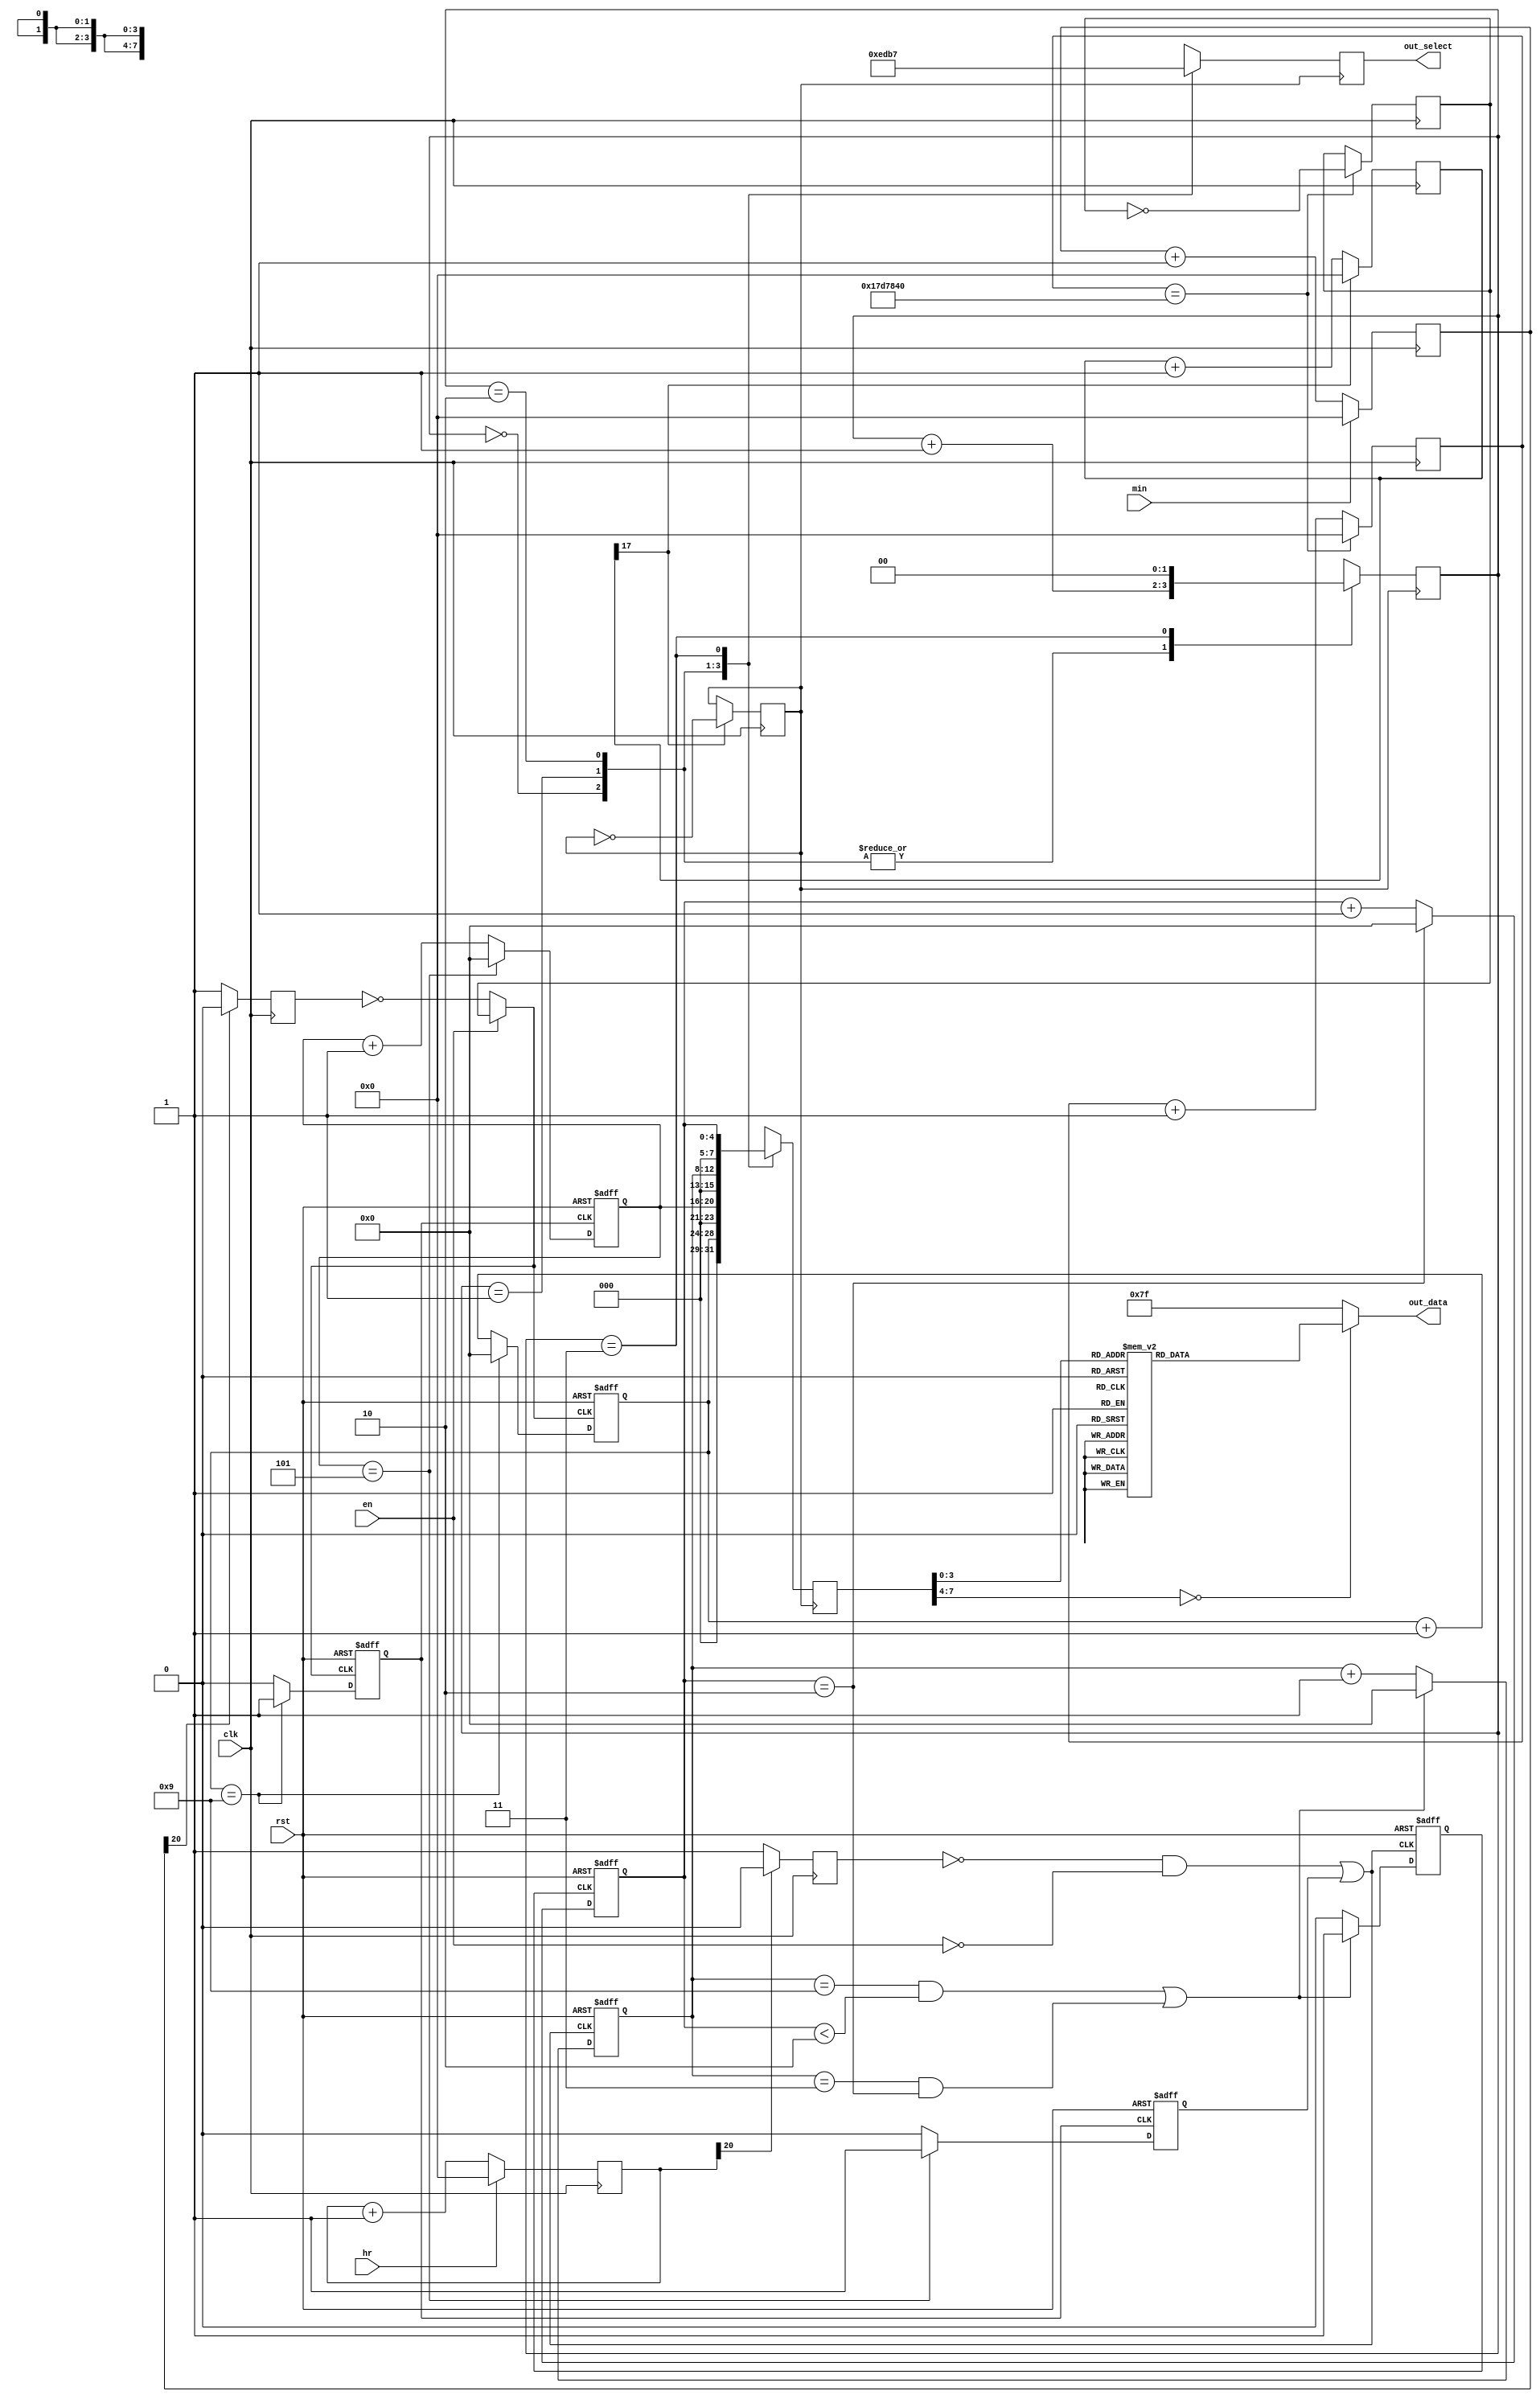
module Digital_Clock_2(clk, rst, en, min, hr, out_data, out_select);
//	EDA_Project/Digital_Clock_2
//	Version 1.7.0.090517
//	Created by Benjamin Zhang on 04/05/17
//	Copyright  2017 Benjamin Zhang
//
	input				clk;
	input				rst;
	input				en;
	input				min;
	input				hr;
	output reg [7:0]	out_data;
	output reg [3:0]	out_select;

//********************* anti_shaking *********************//
	reg [30:0]		key_low_hr, key_low_min, key_low_en;
	reg				key_hr, key_min;

	always @(posedge clk) begin
		if (!hr)	key_low_hr <= key_low_hr + 1'b1;
		else key_low_hr <= 0;
		if (!min)	key_low_min <= key_low_min + 1'b1;
		else key_low_min <= 0;
	end

	always @(posedge clk) begin
		if (key_low_hr[20] == 1'b1) key_hr <= 1'b0;
		else    key_hr <= 1'b1;
		if (key_low_min[20] == 1'b1) key_min <= 1'b0;
		else    key_min <= 1'b1;
	end

//********************* freq_div *********************//
	reg [30:0]	count;
	reg			clk_freq_div;
	
	always @(posedge clk) begin
		if (count == 'd25000000) begin
			clk_freq_div = ~clk_freq_div;
			count <= 0;
		end
		else    count <= count + 1'b1;
	end

//*********************       *********************//
	wire		min_low_carryin;
	reg [4:0]	min_low_out;
	reg			min_low_carryout;

	reg [4:0]	min_high_out;
	reg			min_high_carryout;

	wire		hr_low_carryin;
	reg [4:0]	hr_low_out;
	reg			hr_low_carryout;

	reg [4:0]	hr_high_out;

//********************* min_low *********************//
	assign	min_low_carryin = (en)?clk_freq_div:~key_min;

	always @(posedge min_low_carryin or negedge rst) begin
		if (!rst) begin
			min_low_out = 4'b0000;
			min_low_carryout = 0;
		end
		else if (min_low_out == 4'd9) begin
			min_low_out = 4'b0000;
			min_low_carryout = 1;
		end
		else begin
			min_low_out = min_low_out + 1'b1;
			min_low_carryout = 0;
		end
	end

//********************* min_high *********************//
	always @(posedge min_low_carryout or negedge rst) begin
		if (!rst) begin
			min_high_out = 4'b0000;
			min_high_carryout = 0;
		end
		else if (min_high_out == 4'd5) begin
			min_high_out = 4'b0000;
			min_high_carryout = 1;
		end
		else begin
			min_high_out = min_high_out + 1'b1;
			min_high_carryout = 0;
		end
	end

//********************* hr_low *********************//
	assign	hr_low_carryin = (~key_hr & ~en)| min_high_carryout;

	always @(posedge hr_low_carryin or negedge rst) begin
		if (!rst) begin
			hr_low_out = 4'b0000;
			hr_low_carryout = 0;
		end
		else if (hr_low_out == 4'd9 && hr_high_out < 4'd2 || hr_low_out == 4'd3 && hr_high_out == 4'd2) begin
			hr_low_out = 4'b0000;
			hr_low_carryout = 1;
		end
		else begin
			hr_low_out = hr_low_out + 1'b1;
			hr_low_carryout = 0;
		end
	end

//********************* hr_high *********************//
	always @(posedge hr_low_carryout or negedge rst) begin
		if (!rst)	hr_high_out = 4'b0000;
		else if (hr_high_out == 4'd2)	hr_high_out = 4'b0000;
		else	hr_high_out = hr_high_out + 1'b1;
	end

//********************* LED_Processing_Unit *********************//
	reg [30:0]	count1;
	reg			clk2;
	reg [7:0]	LEDOut;
	reg [1:0]	select;

	always @(posedge clk) begin 
		if (count1[17] == 1'b1) begin
            clk2 = ~clk2;
            count1 <= 0;
		end
        else    count1 <= count1 + 1'b1;
	end

	always @(posedge clk2) begin
		case (select)
			2'b00:	begin
						LEDOut = min_low_out;
						out_select = 4'b1110;
						select = select + 1'b1;
					end
			2'b01:	begin
						LEDOut = min_high_out;
						out_select = 4'b1101;
						select = select + 1'b1;
					end
			2'b10:	begin
						LEDOut = hr_low_out;
						out_select = 4'b1011;
						select = select + 1'b1;
					end
			2'b11:	begin
						LEDOut = hr_high_out;
						out_select = 4'b0111;
						select = 2'b00;
					end
		  default:	begin
					LEDOut = 8'b11111001;
					select = 2'b00;
					end
		endcase
	end

//********************* BinToLED *********************//
	always @(*) begin
		case (LEDOut)
		  4'd0:	out_data = 8'b11000000;
		  4'd1:	out_data = 8'b11111001;
		  4'd2:	out_data = 8'b10100100;
		  4'd3:	out_data = 8'b10110000;
		  4'd4:	out_data = 8'b10011001;
		  4'd5:	out_data = 8'b10010010;
		  4'd6:	out_data = 8'b10000010;
		  4'd7:	out_data = 8'b11111000;
		  4'd8:	out_data = 8'b10000000;
		  4'd9: out_data = 8'b10010000;
		  default:	out_data = 8'b01111111;
		  
/*
		  4'd0:	out_data = 8'b00111111;
		  4'd1:	out_data = 8'b00000110;
		  4'd2:	out_data = 8'b01011011;
		  4'd3:	out_data = 8'b01001111;
		  4'd4:	out_data = 8'b01100110;
		  4'd5:	out_data = 8'b01101101;
		  4'd6:	out_data = 8'b01111101;
		  4'd7:	out_data = 8'b00000111;
		  4'd8:	out_data = 8'b01111111;
		  4'd9: out_data = 8'b01101111;
		  default:	out_data = 8'b10000000;
*/
		endcase
	end

endmodule